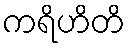
ကရိဟိတိ